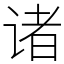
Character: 诸